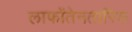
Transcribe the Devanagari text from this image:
लाफोंतेनतारिक